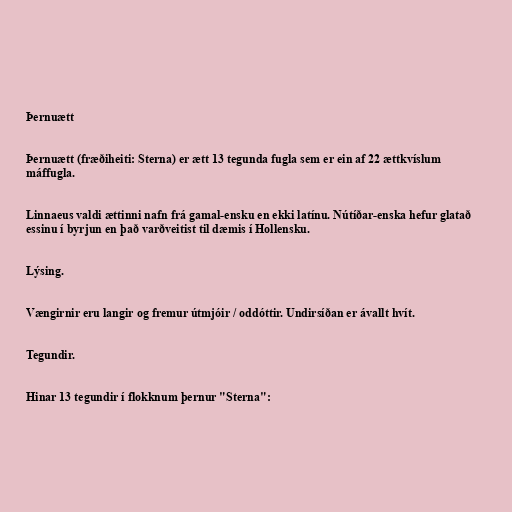
Þernuætt

Þernuætt (fræðiheiti: Sterna) er ætt 13 tegunda fugla sem er ein af 22 ættkvíslum
máffugla.

Linnaeus valdi ættinni nafn frá gamal-ensku en ekki latínu. Nútíðar-enska hefur glatað
essinu í byrjun en það varðveitist til dæmis í Hollensku.

Lýsing.

Vængirnir eru langir og fremur útmjóir / oddóttir. Undirsíðan er ávallt hvít.

Tegundir.

Hinar 13 tegundir í flokknum þernur "Sterna":